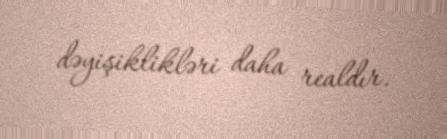
dəyişiklikləri daha realdır.